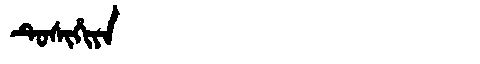
Manchu: ᡨᡠᠰᡳᡥᡳᠶᠠ
Romanization: TUSIHIYA